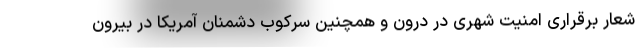
شعار برقراری امنیت شهری در درون و همچنین سرکوب دشمنان آمریکا در بیرون